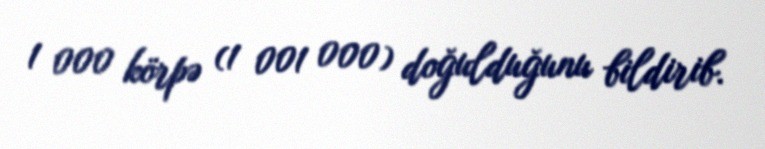
1 000 körpə (1 001 000) doğulduğunu bildirib.